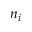
n _ { i }